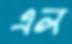
এল